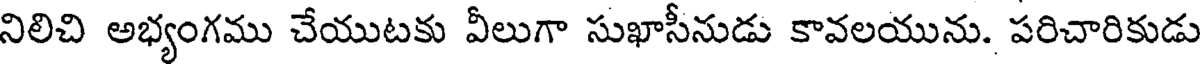
నిలిచి అభ్యంగము చేయుటకు వీలుగా సుఖాసీనుడు కావలయును. పరిచారికుడు